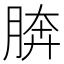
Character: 𦜭